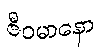
ဇီဝမာနော